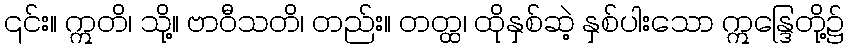
၎င်း။ ဣတိ၊ သို့။ ဗာဝီသတိ၊ တည်း။ တတ္ထ၊ ထိုနှစ်ဆဲ့ နှစ်ပါးသော ဣန္ဒြေတို့၌